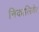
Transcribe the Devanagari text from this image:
निकालिये।